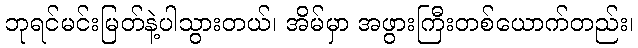
ဘုရင်မင်းမြတ်နဲ့ပါသွားတယ်၊ အိမ်မှာ အဖွားကြီးတစ်ယောက်တည်း၊